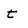
Character: t